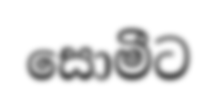
සොමීට